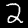
Label: 2